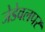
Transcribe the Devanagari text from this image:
जेडेवलपर